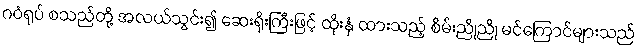
ဂဝံရုပ် စသည်တို့ အလယ်သွင်း၍ ဆေးရိုးကြီးဖြင့် ထိုးနှံ ထားသည့် စိမ်းညိုညို မင်ကြောင်များသည်